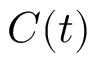
C ( t )